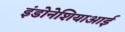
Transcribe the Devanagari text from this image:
इंडोनेशियाआई